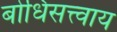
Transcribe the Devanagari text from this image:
बोधिसत्त्वाय